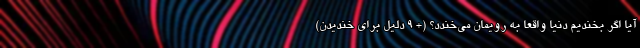
آیا اگر بخندیم دنیا واقعاً به رویمان می‌خندد؟ (+ 9 دلیل برای خندیدن)